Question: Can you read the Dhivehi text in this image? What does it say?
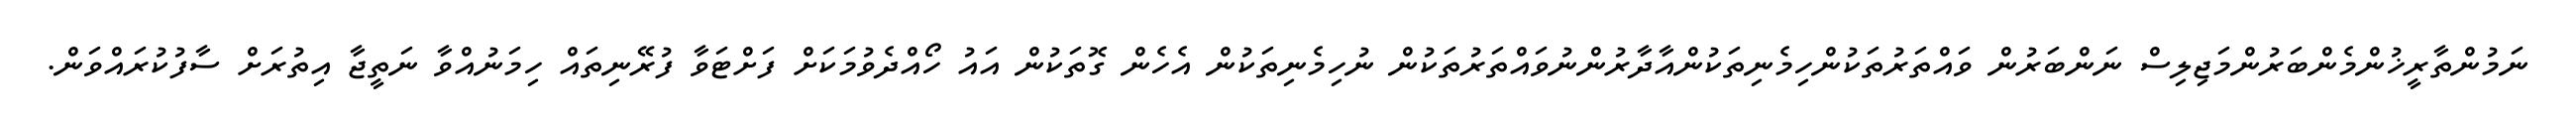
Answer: ނަމުންތާރީޚުންމެންބަރުންމަޖިލިސް ނަންބަރުން ވައްތަރުތަކުންހިމެނިތަކުންއާދާރުންނުވައްތަރުތަކުން ނުހިމެނިތަކުން އެހެން ގޮތަކުން އައު ހޯއްދެވުމަކަށް ފަށްޓަވާ ފުރޭނިތައް ހިމަނުއްވާ ނަތީޖާ އިތުރަށް ސާފުކުރައްވަން.